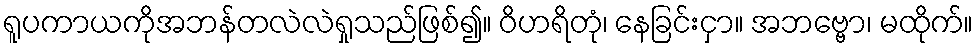
ရူပကာယကိုအဘန်တလဲလဲရှုသည်ဖြစ်၍။ ဝိဟရိတုံ၊ နေခြင်းငှာ။ အဘဗ္ဗော၊ မထိုက်။